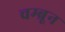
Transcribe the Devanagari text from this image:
चम्ब्रून